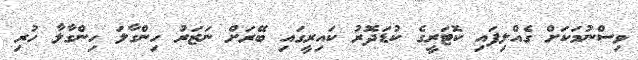
ވިސްނުމަކަށް ގެއްލިފައި ކޮޓަރީގެ ކުޑަދޮރު ކައިރީގައި ބޭރަށް ނަޒަރު ހިންގާލަ ހިންގާލާ ހުރި